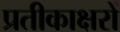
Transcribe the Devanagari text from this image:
प्रतीकाक्षरों